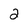
Character: 2